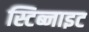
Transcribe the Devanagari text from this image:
स्टिब्नाइट